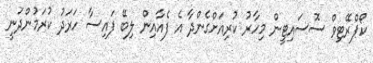
ކޯޕްރޭޓިވް ސޮސައިޓީން މިހާރު ކުރިއަށްގެންދާ އެ ފެއާއިން ލިބޭ ފައިސާ ހަރަދު ކުރަމުންދަނީ